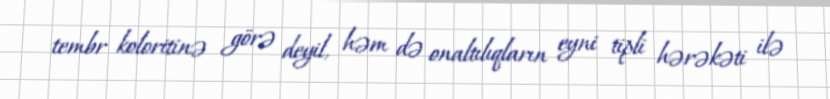
tembr koloritinə görə deyil, həm də onaltılıqların eyni tipli hərəkəti ilə